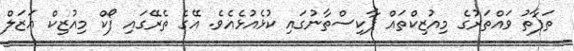
ތަފާތު ވައްތަރުގެ މިއުޒިކްތައް ޕާކިސްތާނުގައި ކުޅެއުޅެއެވެ. އޭގެ ތެރޭގައި ފޯކް މިއުޒިކް ޣަޒަލް